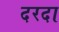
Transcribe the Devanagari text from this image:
दरदा